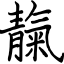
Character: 靝